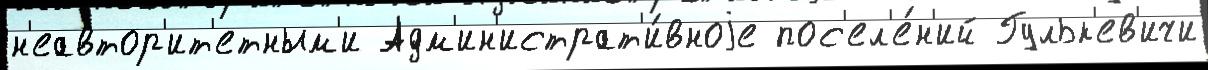
н'еавтор'ит'етным'и Адм'ин'истрат'и́вноjе пос'ел'е́н'ий Гульк'ев'ичи